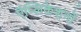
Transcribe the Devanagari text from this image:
ऍप्लिकेशनों